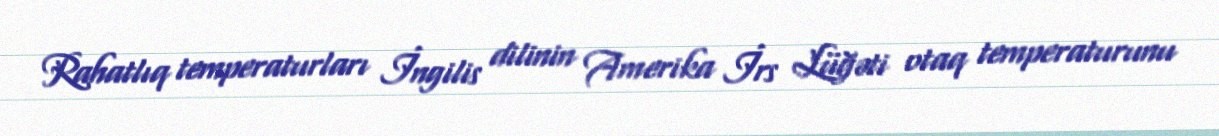
Rahatlıq temperaturları İngilis dilinin Amerika İrs Lüğəti otaq temperaturunu